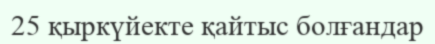
25 қыркүйекте қайтыс болғандар